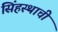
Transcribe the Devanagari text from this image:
सिंहस्थाची